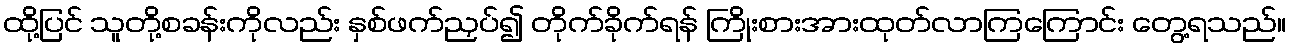
ထို့ပြင် သူတို့စခန်းကိုလည်း နှစ်ဖက်ညှပ်၍ တိုက်ခိုက်ရန် ကြိုးစားအားထုတ်လာကြကြောင်း တွေ့ရသည်။